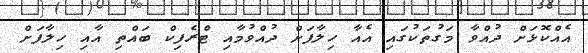
އެއްކޮޅަށް ދުއްވާ މަގުތަކުގައި އެއާ ހިލާފަށް ދުއްވުމާއި ޓްރެފިކް ބައްތި އާއި ހިލާފަށް